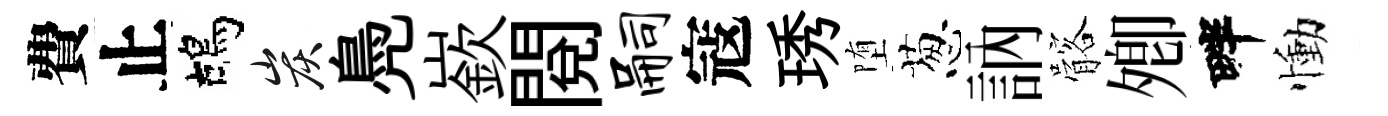
費止鴣炭鳧嶔閲嗣寇琇堕葱訥髂𡖖畔慟